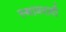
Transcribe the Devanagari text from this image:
स्थावरादौ